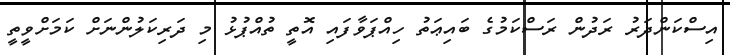
އިސްކަންދަރު ރަދުން ރަސްކަމުގެ ބައިޢަތު ހިއްޕަވާފައި އޮތީ ތުއްޕުޅު މި ދަރިކަލުންނަށް ކަމަށްވީތީ